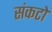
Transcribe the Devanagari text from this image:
संकटो